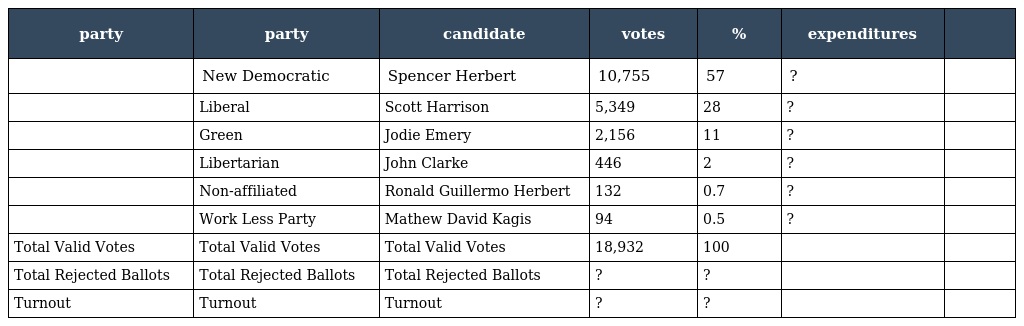
| party | party | candidate | votes | % | expenditures |  |
 | --- | --- | --- | --- | --- | --- | --- |
 |  | New Democratic | Spencer Herbert | 10,755 | 57 | ? |  |
 |  | Liberal | Scott Harrison | 5,349 | 28 | ? |  |
 |  | Green | Jodie Emery | 2,156 | 11 | ? |  |
 |  | Libertarian | John Clarke | 446 | 2 | ? |  |
 |  | Non-affiliated | Ronald Guillermo Herbert | 132 | 0.7 | ? |  |
 |  | Work Less Party | Mathew David Kagis | 94 | 0.5 | ? |  |
 | Total Valid Votes | Total Valid Votes | Total Valid Votes | 18,932 | 100 |  |  |
 | Total Rejected Ballots | Total Rejected Ballots | Total Rejected Ballots | ? | ? |  |  |
 | Turnout | Turnout | Turnout | ? | ? |  |  |